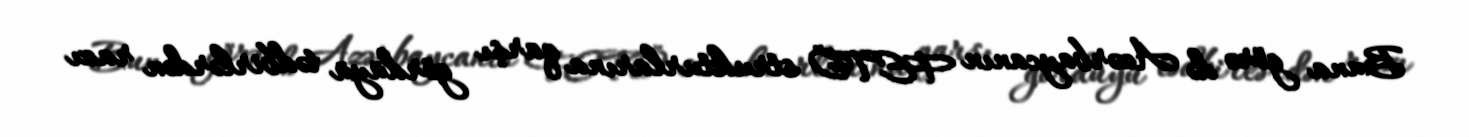
Buna görə də Azərbaycanın FETÖ strukturlarına qarşı gördüyü tədbirlərdən razı